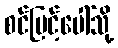
စင်မြင့်ပေါ်သို့